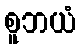
စူဘယံ